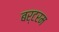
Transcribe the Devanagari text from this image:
बर्टरम